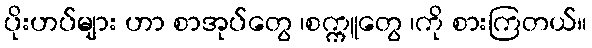
ပိုးဟပ်များ ဟာ စာအုပ်တွေ ၊စက္ကူတွေ ၊ကို စားကြတယ်။